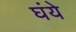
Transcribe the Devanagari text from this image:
घंये